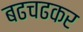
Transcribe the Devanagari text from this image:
बढचढकर